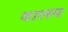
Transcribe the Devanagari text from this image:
वालम